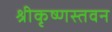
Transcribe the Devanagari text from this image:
श्रीकृष्णस्तवन